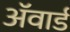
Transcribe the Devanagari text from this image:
अॅवार्ड